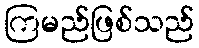
ကြမည်ဖြစ်သည်